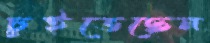
চুইতেছেন